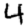
Digit: 4